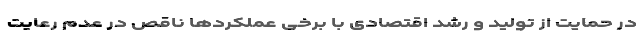
در حمایت از تولید و رشد اقتصادی با برخی عملکرد‌ها ناقص در عدم رعایت